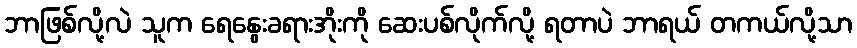
ဘာဖြစ်လို့လဲ သူက ရေနွေးခရားအိုးကို ဆေးပစ်လိုက်လို့ ရတာပဲ ဘာရယ် တကယ်လို့သာ